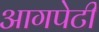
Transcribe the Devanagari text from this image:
आगपेटी